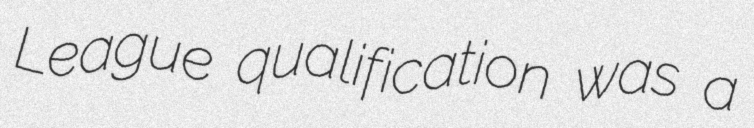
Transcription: League qualification was a